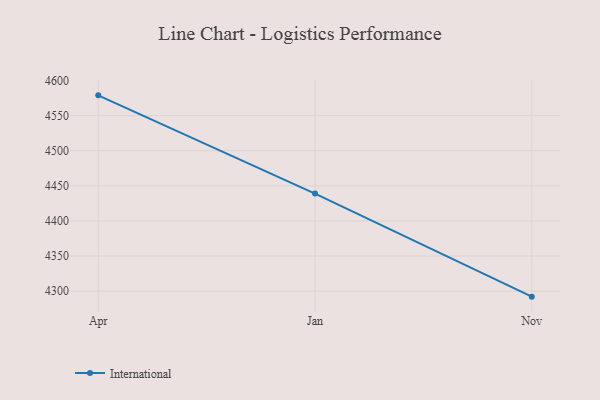
{"axis": {"x": "Month", "y": "Tickets Resolved"}, "legend": ["International"], "data": [{"x": "Apr", "y": 4579.0, "type": "International"}, {"x": "Jan", "y": 4439.0, "type": "International"}, {"x": "Nov", "y": 4292.1, "type": "International"}]}